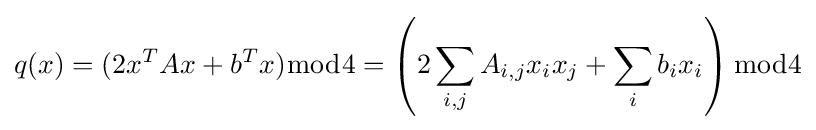
q(x)=(2x^{T}Ax+b^{T}x){\bmod {4}}=\left(2\sum _{i,j}A_{i,j}x_{i}x_{j}+\sum _{i}b_{i}x_{i}\right){\bmod {4}}